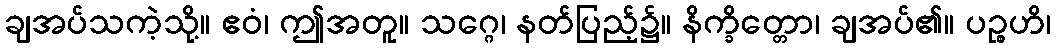
ချအပ်သကဲ့သို့။ ဧဝံ၊ ဤအတူ။ သဂ္ဂေ၊ နတ်ပြည့်၌။ နိက္ခိတ္တော၊ ချအပ်၏။ ပဉ္စဟိ၊